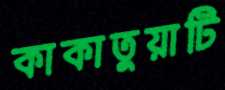
কাকাতুয়াটি